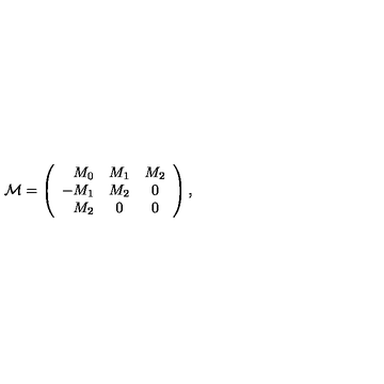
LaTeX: { \cal M } = \left( \begin{array} { r c c } { M _ { 0 } } & { M _ { 1 } } & { M _ { 2 } } \\ { - M _ { 1 } } & { M _ { 2 } } & { 0 } \\ { M _ { 2 } } & { 0 } & { 0 } \\ \end{array} \right) ,